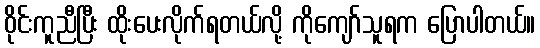
ဝိုင်းကူညီပြီး ထိုးပေးလိုက်ရတယ်လို့ ကိုကျော်သူရက ပြောပါတယ်။